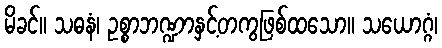
မိခင်။ သဓနံ၊ ဥစ္စာဘဏ္ဍာနှင့်တကွဖြစ်ထသော။ သယောဂ္ဂံ၊